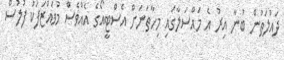
ދައުލަތުން ބުނާ އިރު އެ މައްސަލާގައި މިހާތަނަށް އެސްޓީއޯގެ އެއްވެސް މުވައްޒަފަކު ފުލުސް